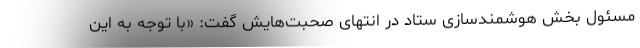
مسئول بخش هوشمندسازی ستاد در انتهای صحبت‌هایش گفت: «با توجه به این